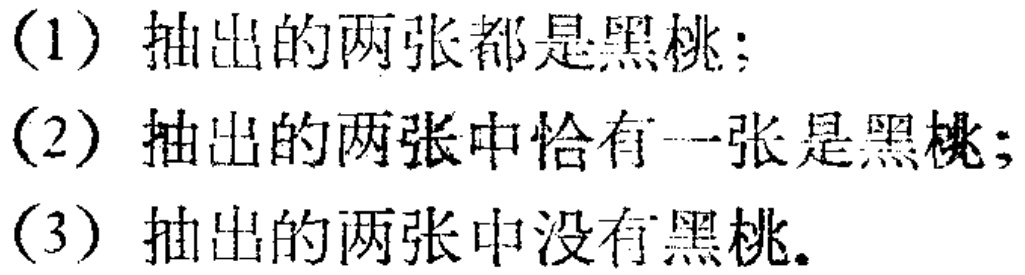
(1) 抽出的两张都是黑桃；
(2) 抽出的两张中恰有一张是黑桃；
(3) 抽出的两张中没有黑桃。